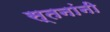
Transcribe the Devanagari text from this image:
स्तनांनी